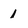
Character: 1